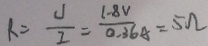
R = \frac { U } { I } = \frac { 1 . 8 V } { 0 . 3 6 A } = 5 \Omega